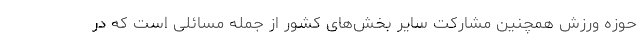
حوزه ورزش همچنین مشارکت سایر بخش‌هاى کشور از جمله مسائلی است که در